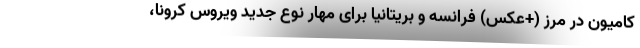
کامیون در مرز (+عکس) فرانسه و بریتانیا برای مهار نوع جدید ویروس کرونا،